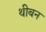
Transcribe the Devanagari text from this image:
थीबन